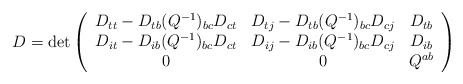
\begin{align*}D=\det\left(\begin{array}{ccc}D_{tt}-D_{tb}(Q^{-1})_{bc} D_{ct} &D_{tj}-D_{tb}(Q^{-1})_{bc}D_{cj} & D_{tb} \\D_{it}-D_{ib}(Q^{-1})_{bc}D_{ct} &D_{ij}-D_{ib}(Q^{-1})_{bc}D_{cj} & D_{ib} \\0 & 0 & Q^{ab} \\ \end{array}\right)\end{align*}